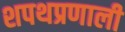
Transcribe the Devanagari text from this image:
शपथप्रणाली